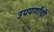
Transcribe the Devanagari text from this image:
उपपर्णांची